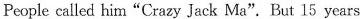
People called him"Crazy Jack Ma".But 15 years